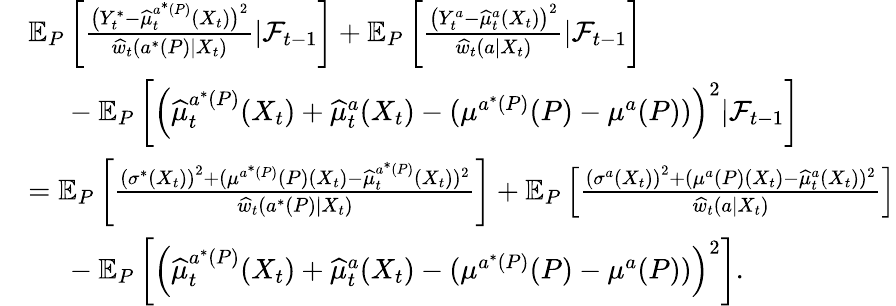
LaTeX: \begin{array}{rl}&{\mathbb{E}_{P}\left[\frac{\big(Y_{t}^{*}-\widehat{\mu}_{t}^{a^{*}(P)}(X_{t})\big)^{2}}{\widehat{w}_{t}(a^{*}(P)|X_{t})}|\mathcal{F}_{t-1}\right]+\mathbb{E}_{P}\left[\frac{\big(Y_{t}^{a}-\widehat{\mu}_{t}^{a}(X_{t})\big)^{2}}{\widehat{w}_{t}(a|X_{t})}|\mathcal{F}_{t-1}\right]}\\ &{\ \ \ \ \ -\mathbb{E}_{P}\left[\left(\widehat{\mu}_{t}^{a^{*}(P)}(X_{t})+\widehat{\mu}_{t}^{a}(X_{t})-(\mu^{a^{*}(P)}(P)-\mu^{a}(P))\right)^{2}|\mathcal{F}_{t-1}\right]}\\ &{=\mathbb{E}_{P}\left[\frac{\left(\sigma^{*}(X_{t})\right)^{2}+(\mu^{a^{*}(P)}(P)(X_{t})-\widehat{\mu}_{t}^{a^{*}(P)}(X_{t}))^{2}}{\widehat{w}_{t}(a^{*}(P)|X_{t})}\right]+\mathbb{E}_{P}\left[\frac{\left(\sigma^{a}(X_{t})\right)^{2}+(\mu^{a}(P)(X_{t})-\widehat{\mu}_{t}^{a}(X_{t}))^{2}}{\widehat{w}_{t}(a|X_{t})}\right]}\\ &{\ \ \ \ \ -\mathbb{E}_{P}\left[\left(\widehat{\mu}_{t}^{a^{*}(P)}(X_{t})+\widehat{\mu}_{t}^{a}(X_{t})-(\mu^{a^{*}(P)}(P)-\mu^{a}(P))\right)^{2}\right].}\end{array}